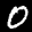
Label: 0